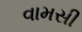
વામસી